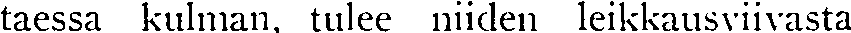
taessa kulman, tulee niiden leikkausviivasta